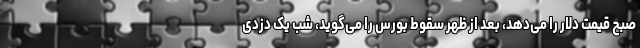
صبح قیمت دلار را می‌دهد، بعد از ظهر سقوط بورس را می‌گوید، شب یک دزدی